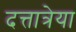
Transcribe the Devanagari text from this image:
दत्तात्रेया